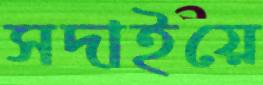
সদাইয়ে